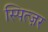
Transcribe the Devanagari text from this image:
स्पित्ज़र